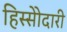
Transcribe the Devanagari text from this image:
हिस्सेोदारी